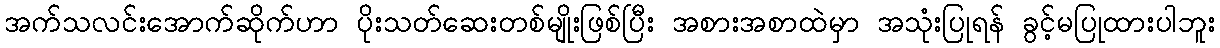
အက်သလင်းအောက်ဆိုက်ဟာ ပိုးသတ်ဆေးတစ်မျိုးဖြစ်ပြီး အစားအစာထဲမှာ အသုံးပြုရန် ခွင့်မပြုထားပါဘူး